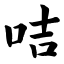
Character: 咭